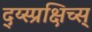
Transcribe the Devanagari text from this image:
द्य्स्प्रक्षिच्स्